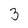
Character: 3